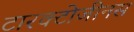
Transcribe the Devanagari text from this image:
टारक्टोजीनस